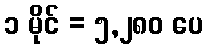
၁ မိုင် = ၅,၂၈၀ ပေ